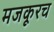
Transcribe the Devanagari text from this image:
मजकूरच